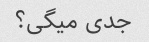
جدی میگی؟